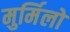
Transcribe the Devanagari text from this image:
मुर्मिलो